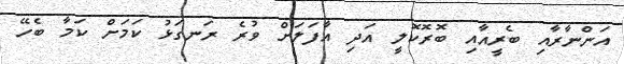
އަންނާރާއި ބެރީއާއި ބޮރޮކޮލީ އަދި އާފަލަށް ވުރެ ރަނގަޅު ކަމަށް ކަމާ ބެހޭ